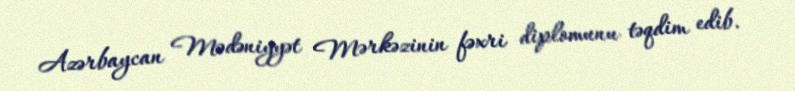
Azərbaycan Mədəniyyət Mərkəzinin fəxri diplomunu təqdim edib.